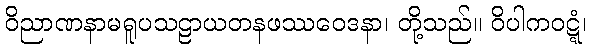
ဝိညာဏနာမရူပသဠာယတနဖဿဝေဒနာ၊ တို့သည်။ ဝိပါကဝဋ္ဋံ၊